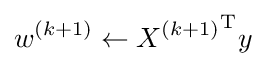
w^{(k+1)}\gets {X^{(k+1)}}^{\mathrm {T} }y